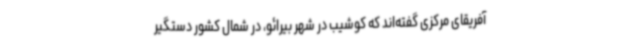
آفریقای مرکزی گفته‌اند که کوشیب در شهر بیرائو، در شمال کشور دستگیر